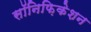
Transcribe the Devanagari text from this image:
सॉनिफ़िकेशन